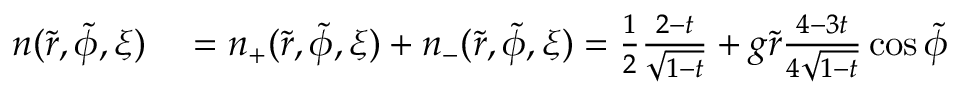
\begin{array} { r l } { n ( \tilde { r } , \tilde { \phi } , \xi ) } & { { } = n _ { + } ( \tilde { r } , \tilde { \phi } , \xi ) + n _ { - } ( \tilde { r } , \tilde { \phi } , \xi ) = \frac { 1 } { 2 } \frac { 2 - t } { \sqrt { 1 - t } } + g \tilde { r } \frac { 4 - 3 t } { 4 \sqrt { 1 - t } } \cos \tilde { \phi } } \end{array}